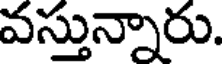
వస్తున్నారు.